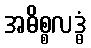
အဓိစ္စလဒ္ဓံ